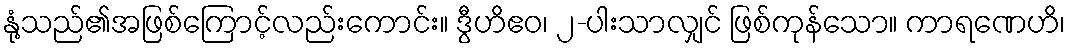
နုံ့သည်၏အဖြစ်ကြောင့်လည်းကောင်း။ ဒွီဟိဧဝ၊ ၂-ပါးသာလျှင် ဖြစ်ကုန်သော။ ကာရဏေဟိ၊